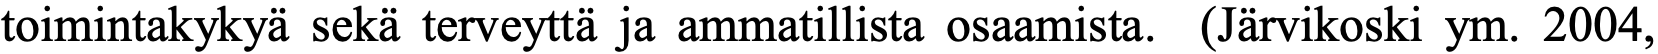
toimintakykyä sekä terveyttä ja ammatillista osaamista. (Järvikoski ym. 2004,